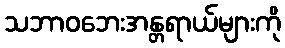
သဘာဝဘေးအန္တရာယ်များကို